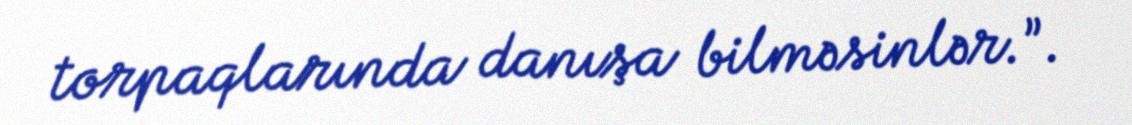
torpaqlarında danışa bilməsinlər.”.